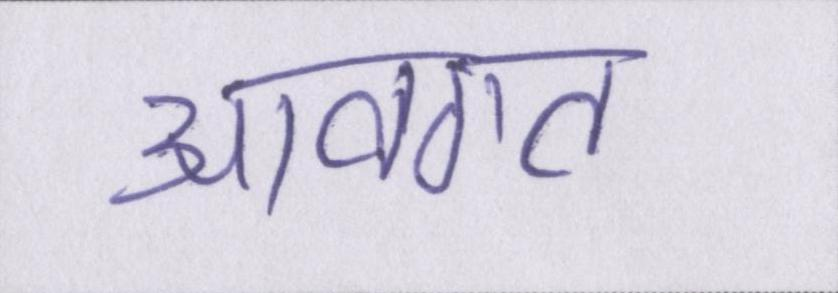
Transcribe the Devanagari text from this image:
आवगत